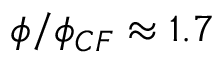
\phi / \phi _ { C F } \approx 1 . 7